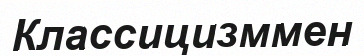
Классицизммен